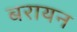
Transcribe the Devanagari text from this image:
बरायन